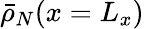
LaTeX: \bar{\rho}_{N}(x=L_{x})